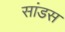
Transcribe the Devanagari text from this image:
सांडस